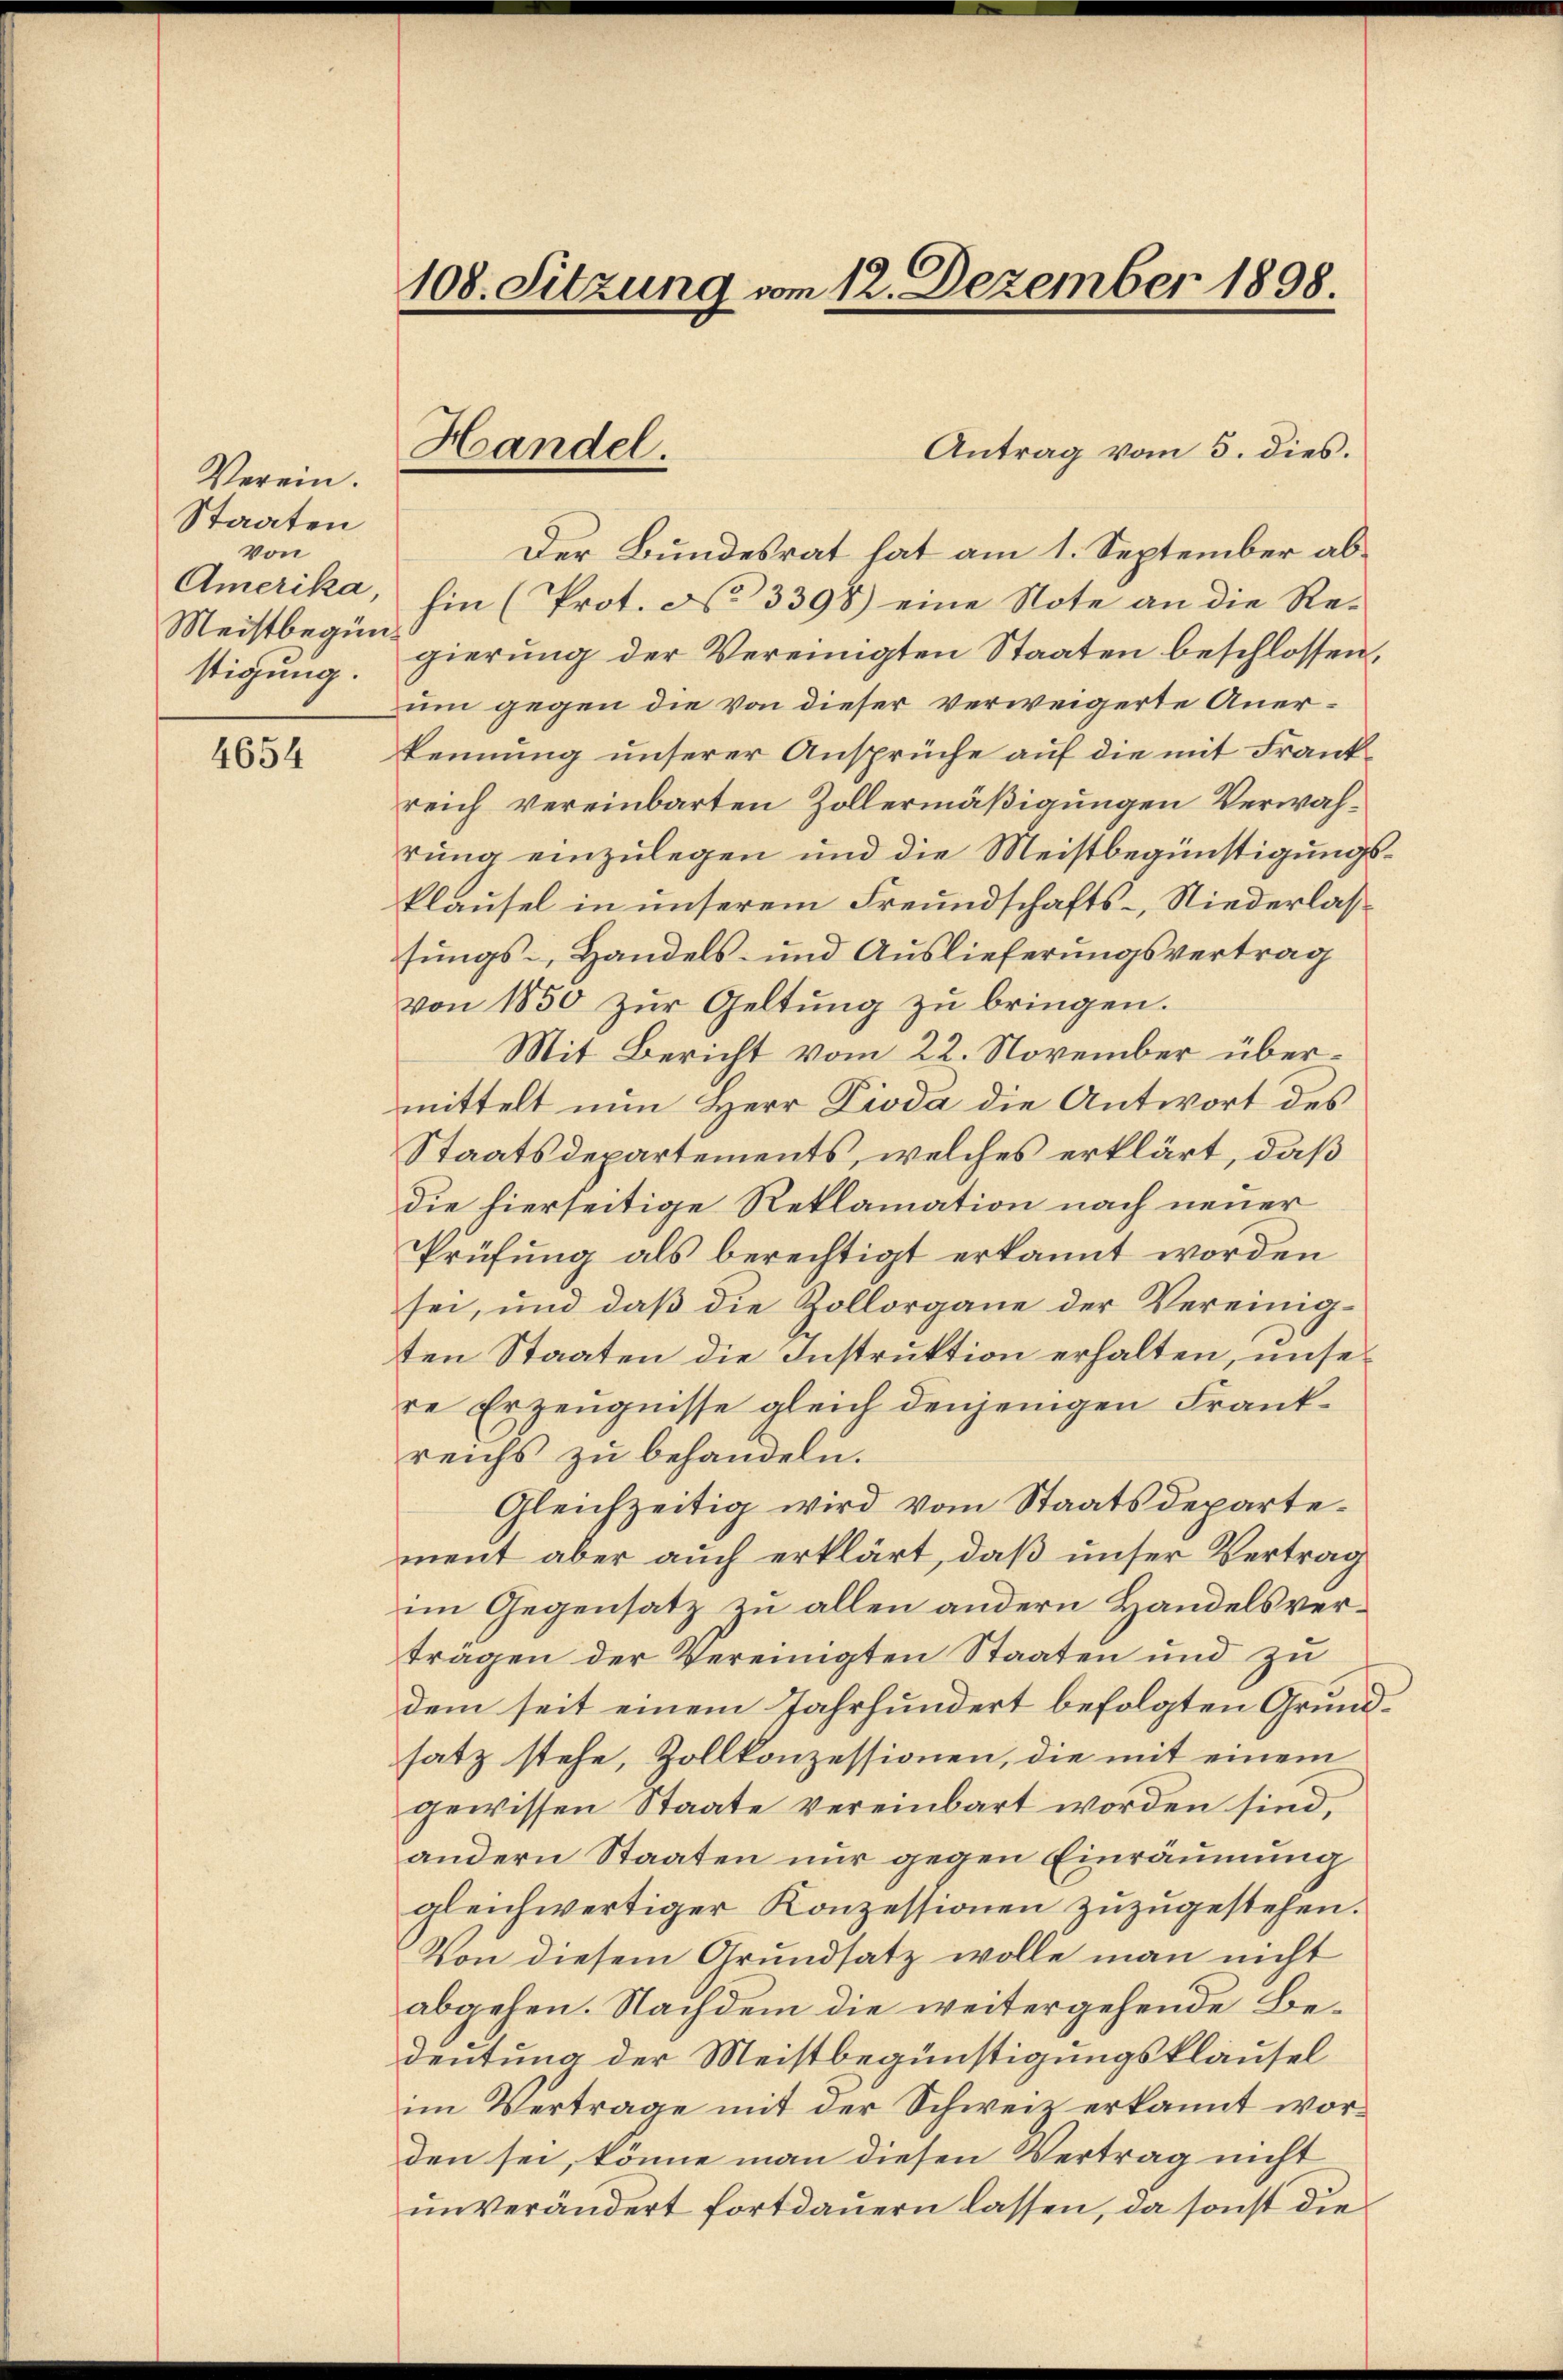
Verein.
Staaten
von
Amerika,
Meistbegünstigung.

4654

108. Sitzung vom 12. Dezember 1898.

Handel.

Antrag vom 5. dies.
Der Bundesrat hat am 1. September abhin (Prot. No 3398) eine Note an die Regierung der Vereinigten Staaten beschlossen,
um gegen die von dieser verweigerte Anerkennung unserer Ansprüche auf die mit Frankreich vereinbarten Zollermäßigungen Verwahrung einzulegen und die Meistbegünstigungskläusel in unserem Freundschafts-, Niederlassungs- Handels- und Auslieferungsvertrag
von 1850 zur Geltung zu bringen.
Mit Bericht vom 22. November übermittelt nun Herr Zioda die Antwort des
Staatsdepartements, welches erklärt, daß
die hierseitige Reklamation nach neuer
Prüfung als berechtigt erkannt worden
sei, und daβ die Zollorgane der Vereinig-
ten Staaten die Instruktion erhalten, unsere Erzeugnisse gleich denjenigen Frankreichs zu behandeln.
Gleichzeitig wird vom Staatsdepartement aber auch erklärt, daß unser Vertrag
im Gegensatz zu allen andern Handelsverträgen der Vereinigten Staaten und zu
dem seit einem Jahrhundert befolgten Grundsatz stehe, Zollkonzessionen, die mit einem
gewissen Staate vereinbart worden sind,
andern Staaten nur gegen Einräumung
gleichwertiger Konzessionen zuzugestehen.
Von diesem Grundsatz wolle man nicht
abgehen. Nachdem die weitergehende Bedeutung der Meistbegünstigungsklausel
im Vertrage mit der Schweiz erkannt worden sei, könne man diesen Vertrag nicht
ŭnverändert fortdauern lassen, da sonst die